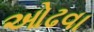
ઓઢવા